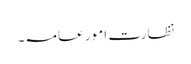
نظارت امور عامہ۔